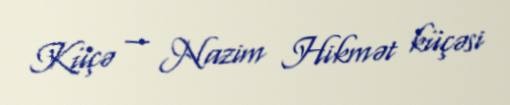
Küçə — Nazim Hikmət küçəsi